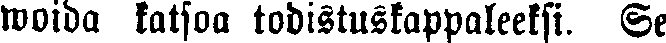
woida katsoa todistuskappaleeksi. Se